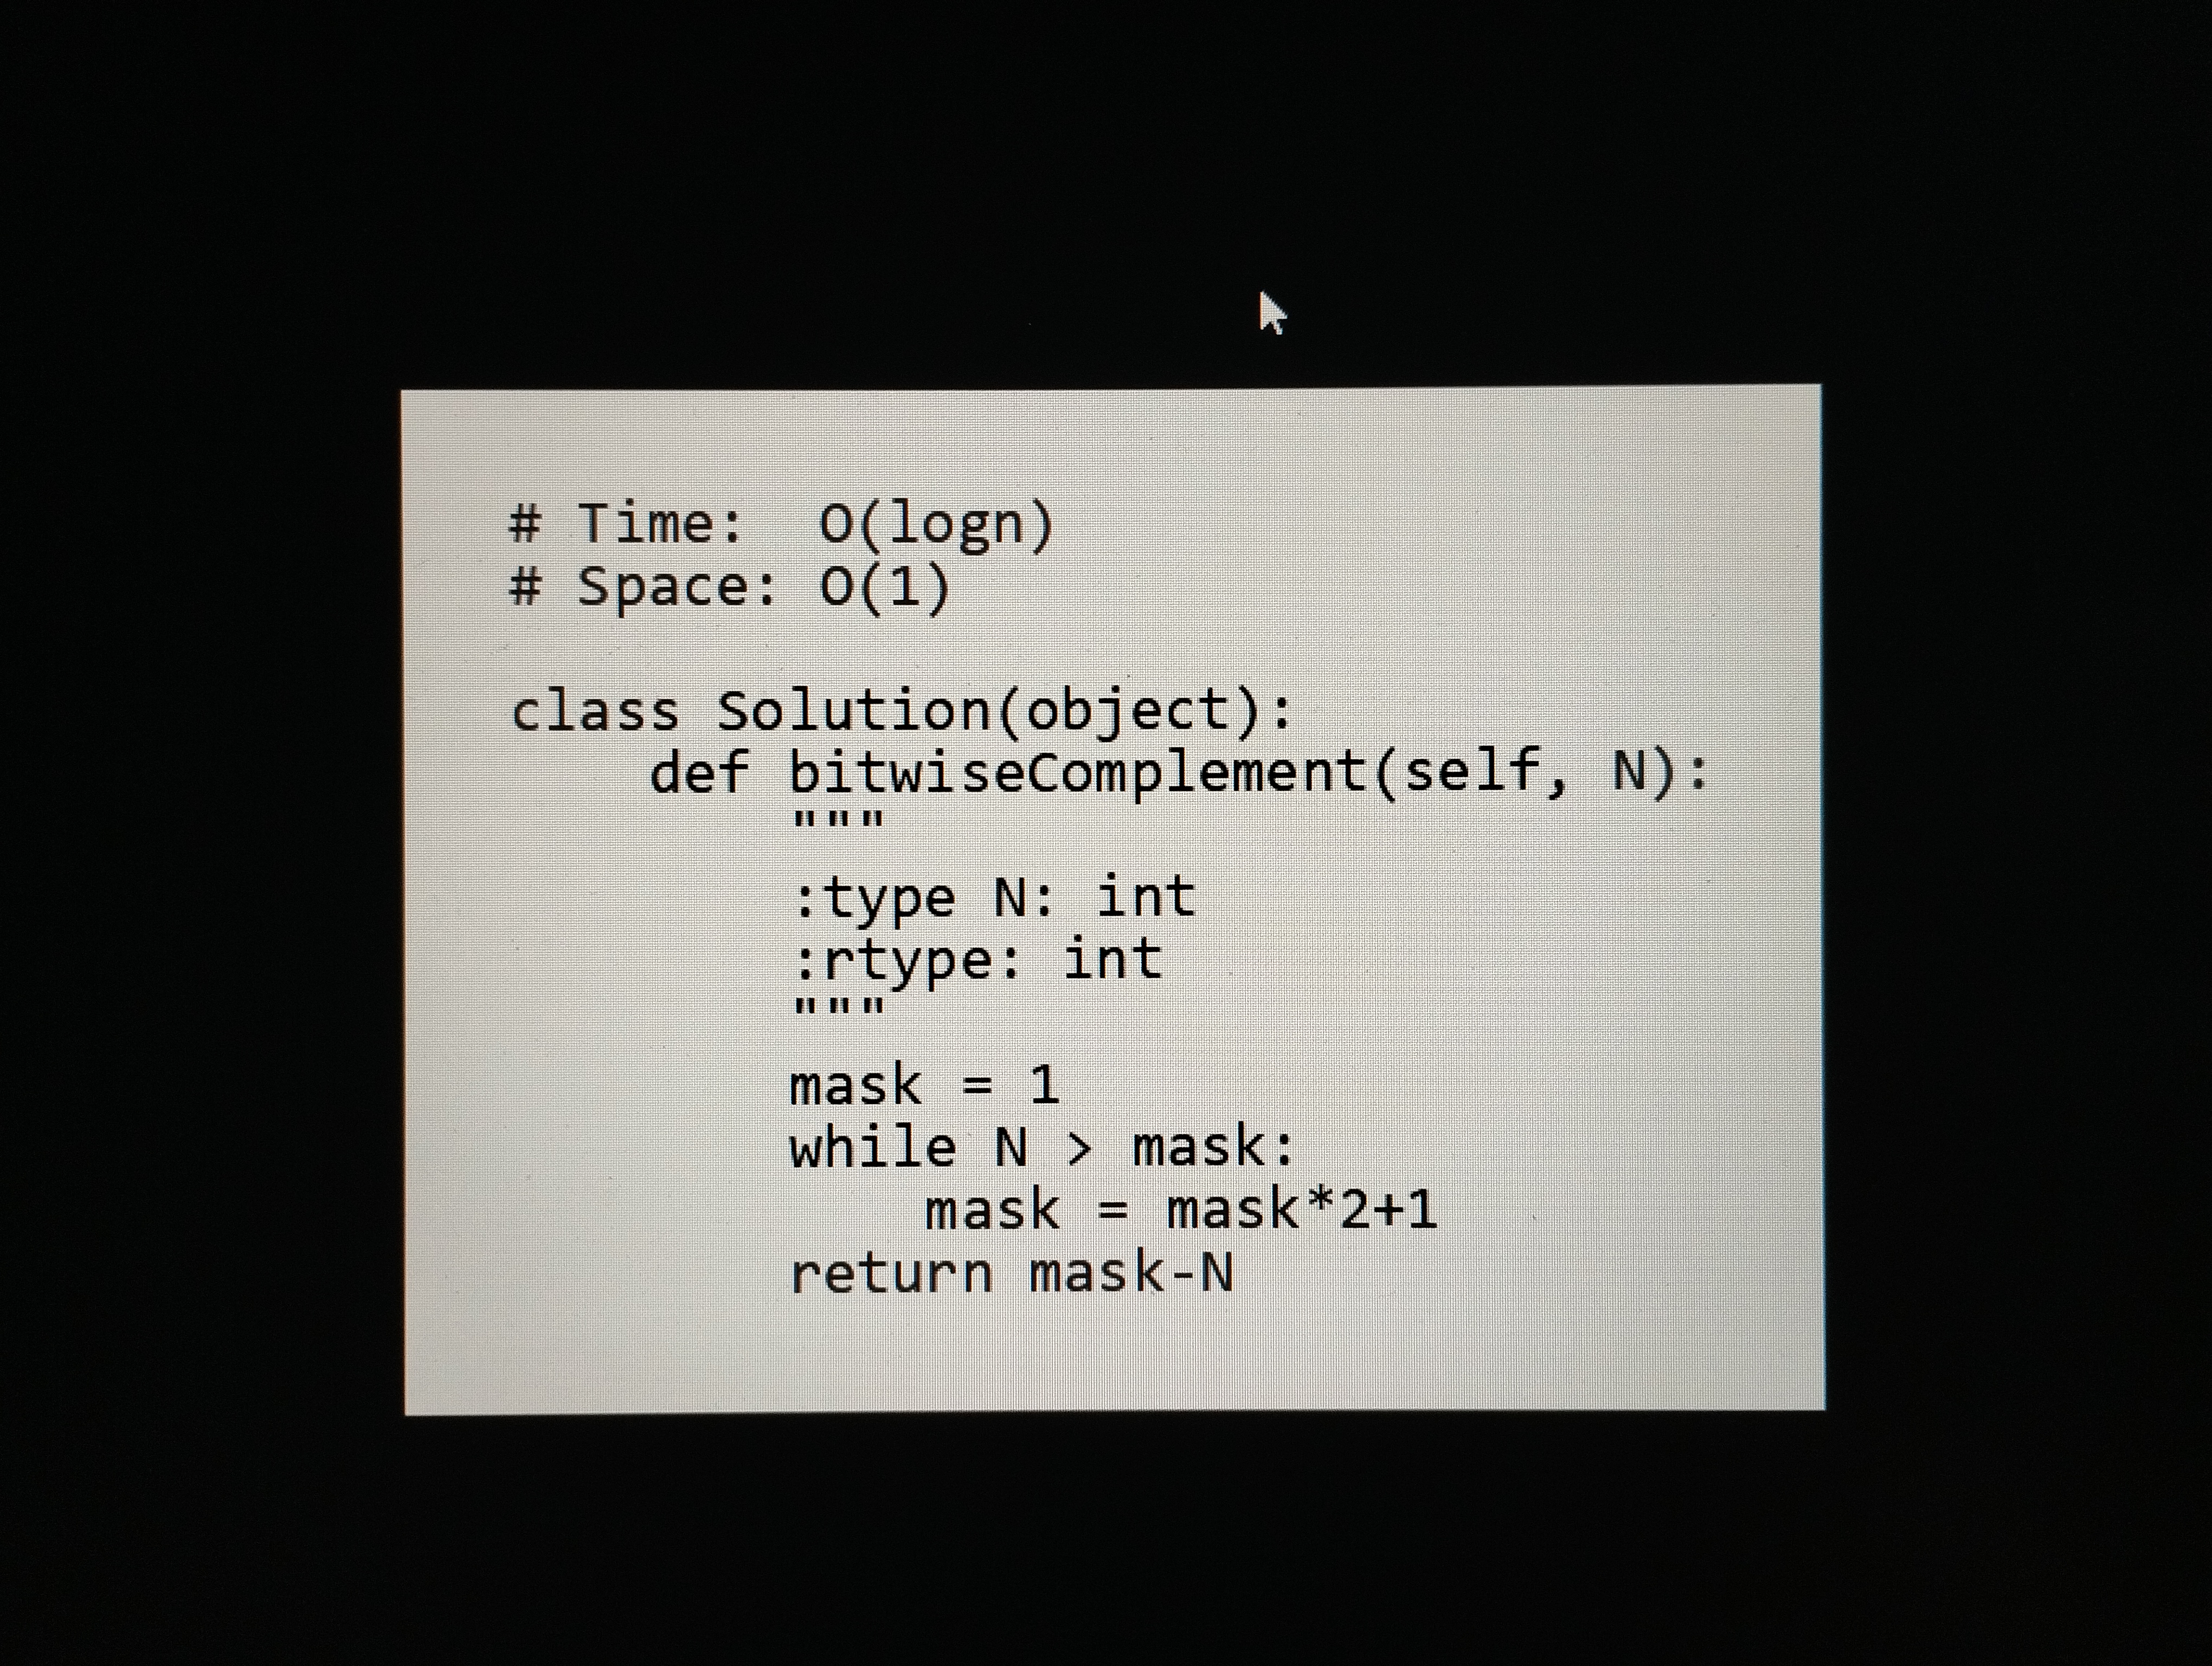
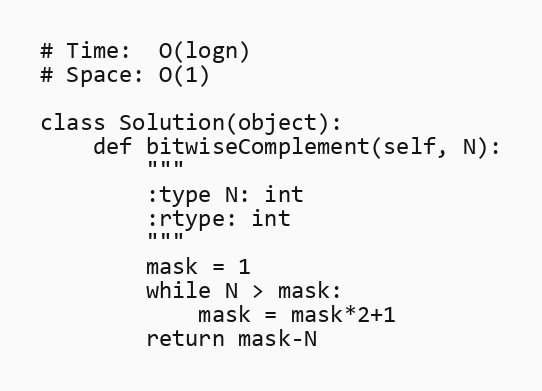
# Time:  O(logn)
# Space: O(1)

class Solution(object):
    def bitwiseComplement(self, N):
        """
        :type N: int
        :rtype: int
        """
        mask = 1
        while N > mask:
            mask = mask*2+1
        return mask-N